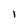
Character: I